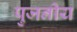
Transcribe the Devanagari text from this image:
पुजनीय